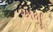
અમૂ